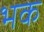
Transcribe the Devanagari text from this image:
भक